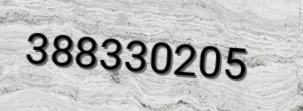
388330205